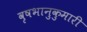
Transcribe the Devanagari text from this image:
वृषभानुकुमारी